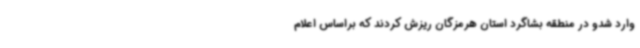
وارد شدو در منطقه بشاگرد استان هرمزگان ریزش کردند که براساس اعلام